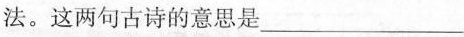
法。这两句古诗的意思是___